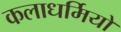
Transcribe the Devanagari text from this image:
कलाधर्मियों